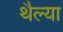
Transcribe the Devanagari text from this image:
थैल्या